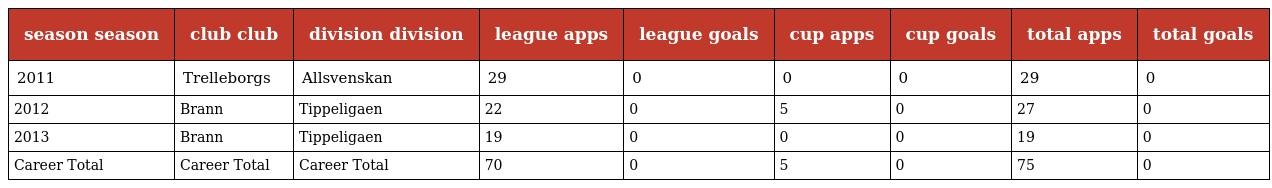
| season season | club club | division division | league apps | league goals | cup apps | cup goals | total apps | total goals |
 | --- | --- | --- | --- | --- | --- | --- | --- | --- |
 | 2011 | Trelleborgs | Allsvenskan | 29 | 0 | 0 | 0 | 29 | 0 |
 | 2012 | Brann | Tippeligaen | 22 | 0 | 5 | 0 | 27 | 0 |
 | 2013 | Brann | Tippeligaen | 19 | 0 | 0 | 0 | 19 | 0 |
 | Career Total | Career Total | Career Total | 70 | 0 | 5 | 0 | 75 | 0 |